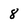
Character: 8